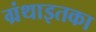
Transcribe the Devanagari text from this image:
ग्रंथाइतका